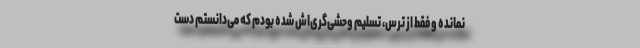
نمانده و فقط از ترس، تسلیم وحشی‌گری‌اش شده‌ بودم که می‌دانستم دست